Vaccination North-Western Provinces 1866-1877 - 1866-1877
Year: 1866
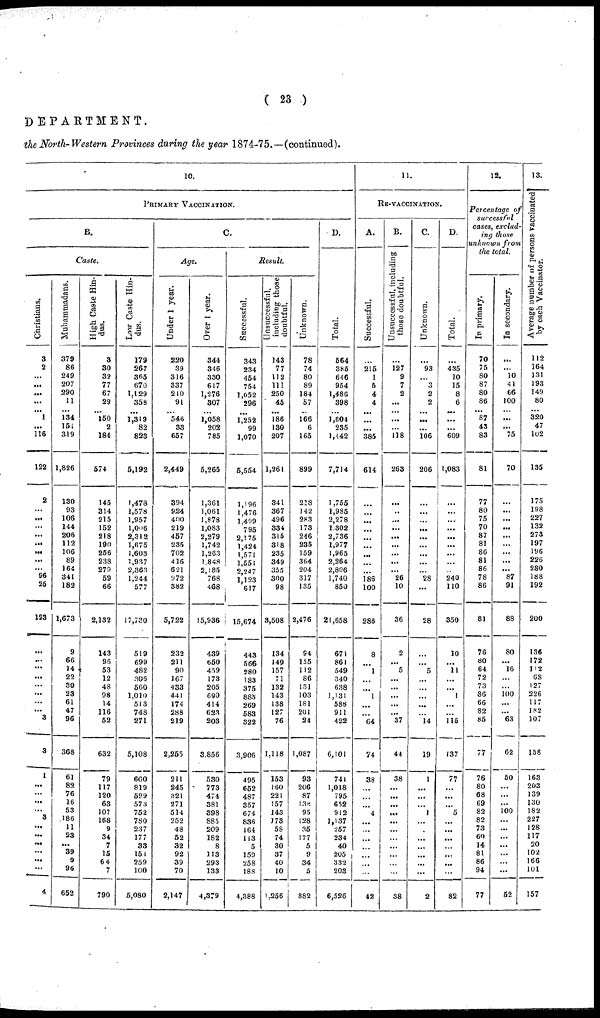
( 23 )
DEPARTMENT.
the North- Western Provinces during the year 1874-75.—(continued).
10.
PRIMARY VACCINATION.
B.
Caste.
Curistians.
3
2
...
...
...
...
...
1
... 116
122
2
...
...
...
...
...
...
...
...
96
25
123
...
...
...
...
...
...
...
...
3
3
1
...
...
...
...
3
...
...
...
...
...
...
4
Muhammadans.
379
86
249
207
290
11
...
134
151
319
1,826
130
93
106
144
206
112
106
89
164
341
182
1,673
9
66
14
22
30
23
61
47
96
368
61
82
76
16
53
186
11
23
...
39
9
96
652
High Caste Hin-
dus.
3
30
32
77
67
29
...
150
2
184
574
145
314
215
152
218
190
256
238
279
59
66
2,132
143
96
53
12
48
98
14
116
52
632
79
117
120
63
107
168
9
34
7
15
64
7
790
Low Caste Hin-
dus.
179
267
365
670
1,129
358
...
1,319
82
823
5,192
1,478
1,578
1,957
1,006
2,312
1,675
1,603
1,937
2,363
1,244
577
17,730
519
699
482
306
560
1,010
513
748
271
5,108
600
819
599
573
752
780
237
177
33
15
259
100
5,080
C.
Age.
Under 1 year.
220
39
316
337
210
91
...
546
33
657
2,449
394
924
400
219
457
235
702
416
621
972
382
5,722
232
211
90
167
433
441
174
288
219
2,255
210
245
321
271
514
252
48
52
32
92
39
70
2,147
Orer 1 year.
344
346
330
617
1,276
307
...
1,058
202
785
5,265
1,361
1,061
1,878
1,083
2,279
1,742
1,263
1.84S
2,185
768
468
15,936
439
650
459
173
205
690
414
623
203
3,856
530
773
474
381
398
885
209
182
8
113
293
133
4,379
Result.
Successful.
343
234
454
754
1,052
296
...
1,252
99
1,070
5,554
1,196
1,476
1,499
795
2,175
1,424
1,571
1,551
2,24 7
1,123
617
15,674
443
566
280
183
375
885
269
583
322
3,906
495
652
487
357
674
836
164
113
5
159
258
188
4,388
Unsuccessful,
including those
doubtful.
143
77
112
111
250
45
...
186
130
207
1,261
341
367
496
334
315
318
235
349
355
300
98
3,508
134
140
157
71
132
143
138
127
76
1,118
153
160
221
157
143
173
58
74
30
37
40
10
1,256
Unknown.
78
74
80
89
184
57
...
166
6
165
899
218
142
283
173
246
235
159
364
204
317
135
2,476
94
155
112
86
131
103
181
201
24
1,087
93
206
87
138
95
128
35
177
5
9
34
5
882
D.
Total.
564
385
646
954
1,486
398
...
1,604
235
1,442
7,714
1,755
1,985
2,278
1,302
2,736
1,977
1,965
2,264
2,806
1,740
850
21,658
671
861
549
340
638
1,131
588
911
422
6,101
741
1,018
795
652
912
1,137
257
234
40
205
332
203
6,526
11.
RE-VACCINATION.
A.
Successful.
...
215
1
5
4
4
...
...
...
385
614
...
...
...
...
...
...
...
...
...
186
100
286
8
...
1
...
...
1
...
...
64
74
38
...
...
...
4
...
...
...
...
...
...
...
42
B.
Unsuccessful, including
those doubtful.
...
127
9
7
2
...
...
...
...
118
263
...
..
...
...
...
...
...
...
...
26
10
36
2
...
5
...
...
...
...
...
37
44
38
...
...
...
...
...
...
...
...
...
...
...
38
C.
Unknown.
...
93
...
3
2
2
...
...
...
106
206
...
...
...
...
...
...
...
...
...
28
...
28
...
...
5
...
...
...
...
...
14
19
1
...
...
...
1
...
...
...
...
...
...
...
2
D.
Total.
...
435
10
15
8
6
...
...
...
609
1,083
...
...
...
...
...
...
...
...
...
240
110
350
10
...
11
...
...
1
...
...
115
137
77
...
...
...
5
...
...
...
...
...
...
...
82
12.
Percentage of
successful
cases, exclud-
ing those
unknown from
the total.
In primary.
70
75
80
87
80
86
...
87
43
83
81
77
80
75
70
87
81
86
81
86
78
86
81
76
80
64
72
73
86
66
82
85
77
76
80
68
69
82
82
73
60
14
81
86
94
77
In secondary.
...
...
10
41
66
100
...
...
... 75
70
...
...
...
...
...
...
...
...
...
87
91
88
80
...
16
...
...
100
...
...
63
62
50
...
...
...
100
...
...
...
...
...
...
...
52
13.
Average number of persons vaccinated
by each Vaccinator.
112
164
131
193
149
80
...
320
47
102
135
175
198
227
132
273
197
196
226
280
188
192
200
136
172
112
68
127
226
117
182
107
138
163
203
139
130
182
227
128
117
20
102
166
101
157